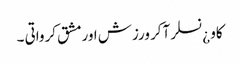
کاو ¿نسلر آکر ورزش اورمشق کرواتی ۔